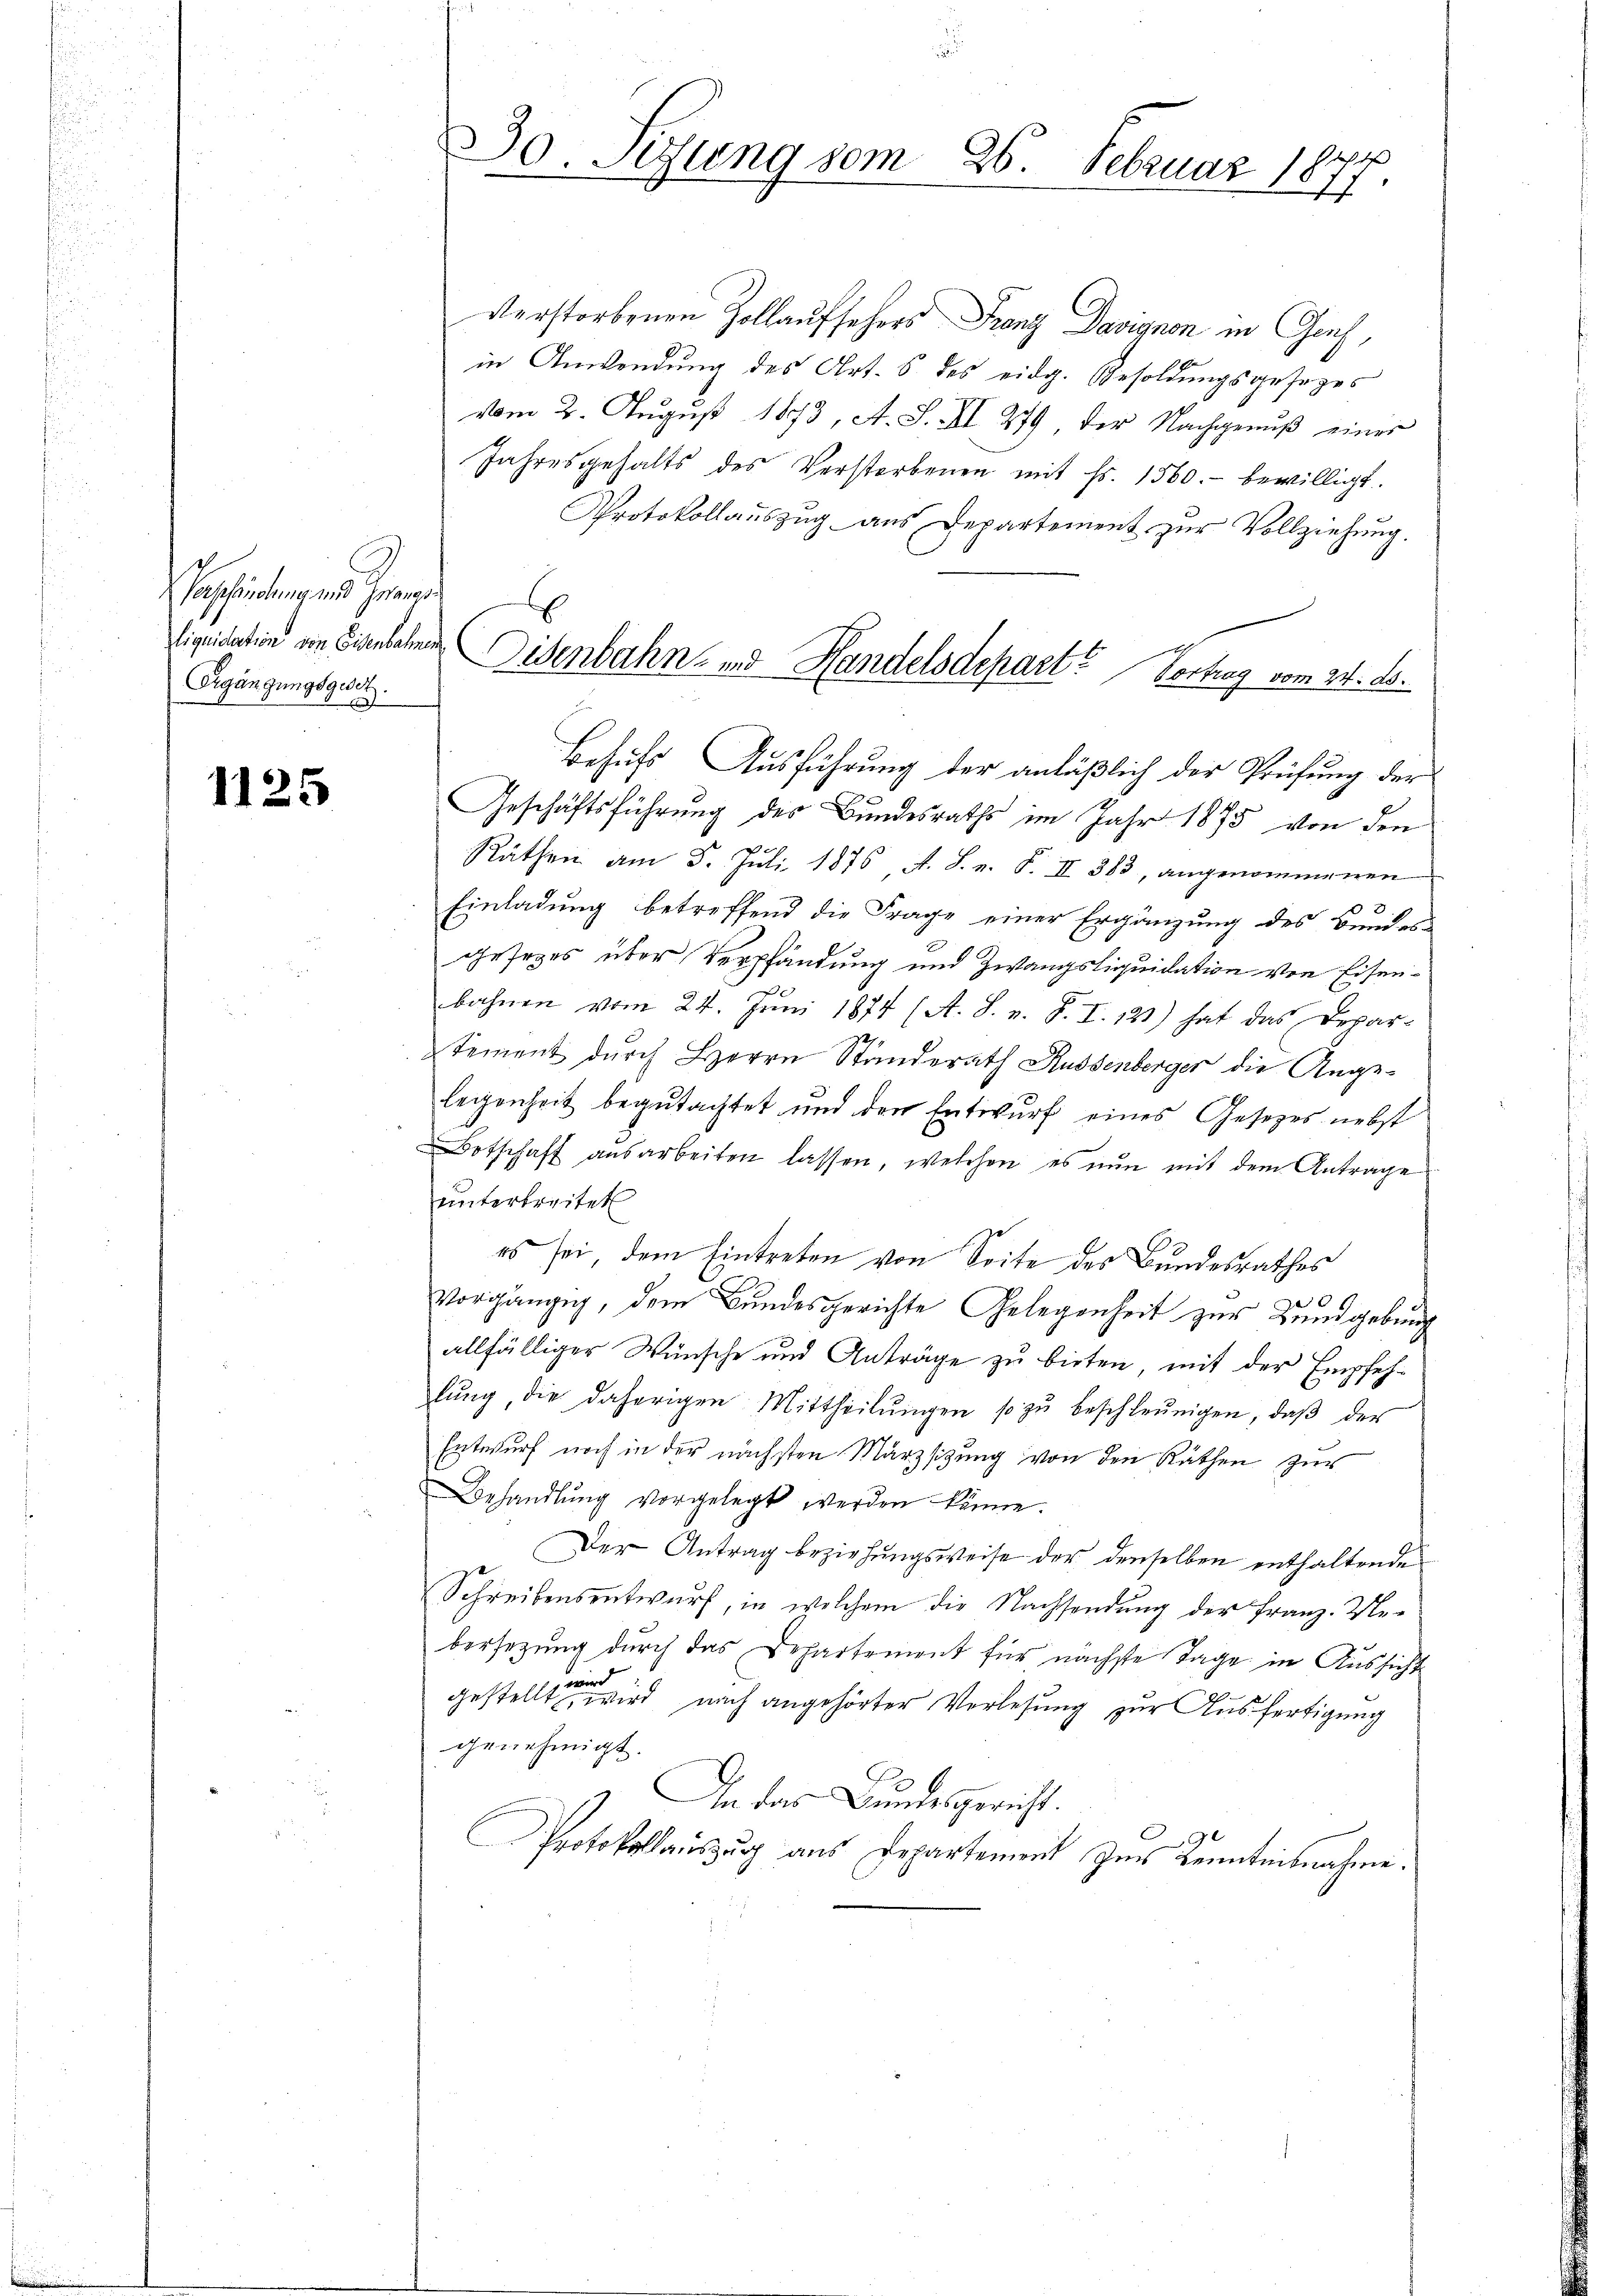
Parschindung eine Grenze
liquidation von Eisenbahnen
Ergängungsgesch.

1125

verstorbenen Zollaufsehers Franz Davignon in Genf,
in Anwendung des Art. 6 des eidg. Besoldungsgesezes
vom 2. August 1873, A. S. II 279, der Nachgenuß einer
Jahresgehalts des Verstorbenen mit Fr. 1560. bewilligt.
Protokollauszug aus Departement zŭr Vollziehung.
Geschäftsführung des Bundesraths im Jahr 1875 von den
Räthen am 5. Juli 1876 A. S. n. F. II 383, angenommenen
Einladung betreffend die Frage einer Ergänzung des Bundes-
gesetzes über Verpfändung und Zwangsliquidation von Eisenbahnen vom 24. Juni 1874 (A. S. v. J. I. 121) hat das Departement durch Herrn Stunderath Aussenberger die Angelegenheit begutachtet und den Entwurf eines Gesetzes nebst
Botschaft ausarbeiten lassen, welchen es nun mit dem Antrage
ŭnterbreitet
es sei, dem Eintreten von Seite des Bundesrathes
Vorgängig, dem Bundesgerichte Gelegenheit zur Zundgebung
allfälliger Wünsche und Anträge zu bieten, mit der Empfehlŭng, die daherigen Mittheilŭngen so zu beschleunigen, daß der
Entwurf noch in der nächsten Märzsizung von den Räthen zur
Behandlung vorgelegt werden könne.
Der Antrag beziehungsweise der denselben enthaltende
Schreibensentwurf, in welchem die Nachsendung der Franz- Uebersezung durch das Departement für nächste Tage in Aussicht
gestellt wird nach angehörter Verlesung zur Ausfertigung
genehmigt.
Dan das Bundesgericht.
Protokollauszug aus Departement zur Kenntnisnahme.

30. Sizung vom 26. Februar 1877.

l
Disenbahn- und Handelsdepart. Vortrag vom 24. ds.
Behufs Ausführung der anläßlich der Prüfung der